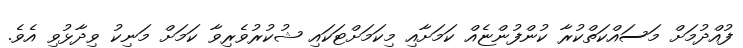
ފުއްދުމަށް މަސައްކަތްކުރާ ކުންފުންޏެއް ކަމަށާއި މިކަމަށްޓަކައި ޝުކުރުވެރިވާ ކަމަށް މަނިކު ވިދާޅުވި އެވެ.